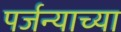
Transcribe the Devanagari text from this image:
पर्जन्याच्या